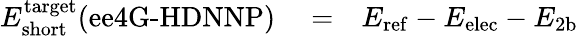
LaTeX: \begin{array}{rlr}{E_{\mathrm{short}}^{\mathrm{target}}({\textrm{ee4G-HDNNP}})}&{{}=}&{E_{\mathrm{ref}}-E_{\mathrm{elec}}-E_{\mathrm{2b}}}\end{array}